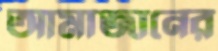
আমাজানের